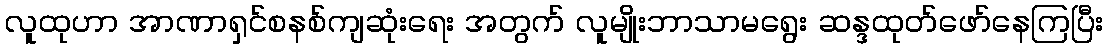
လူထုဟာ အာဏာရှင်စနစ်ကျဆုံးရေး အတွက် လူမျိုးဘာသာမရွေး ဆန္ဒထုတ်ဖော်နေကြပြီး